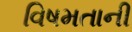
વિષમતાની